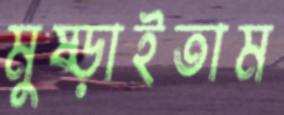
মুষ্‌ড়াইতাম